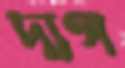
দ্যগ